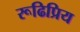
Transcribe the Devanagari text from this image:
रूढिप्रिय